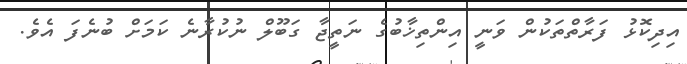
އިދިކޮޅު ފަރާތްތަކުން ވަނީ އިންތިޚާބުގެ ނަތީޖާ ގަބޫލް ނުކުރާނެ ކަމަށް ބުނެފަ އެވެ.